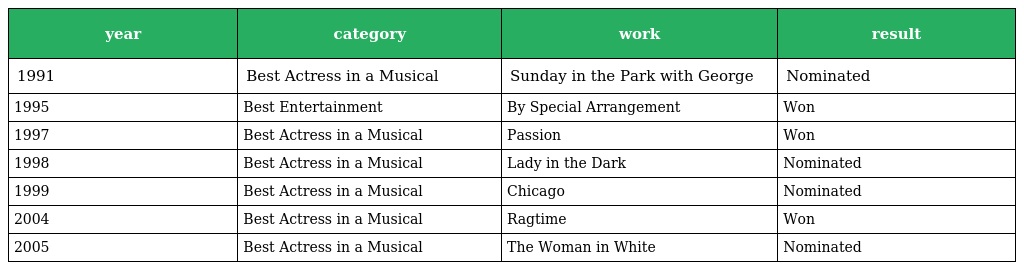
| year | category | work | result |
 | --- | --- | --- | --- |
 | 1991 | Best Actress in a Musical | Sunday in the Park with George | Nominated |
 | 1995 | Best Entertainment | By Special Arrangement | Won |
 | 1997 | Best Actress in a Musical | Passion | Won |
 | 1998 | Best Actress in a Musical | Lady in the Dark | Nominated |
 | 1999 | Best Actress in a Musical | Chicago | Nominated |
 | 2004 | Best Actress in a Musical | Ragtime | Won |
 | 2005 | Best Actress in a Musical | The Woman in White | Nominated |